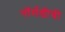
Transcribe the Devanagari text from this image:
नॉर्मंडीची